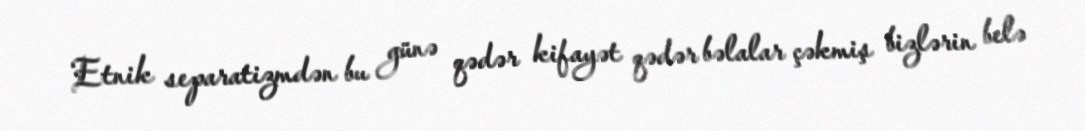
Etnik separatizmdən bu günə qədər kifayət qədər bəlalar çəkmiş bizlərin belə